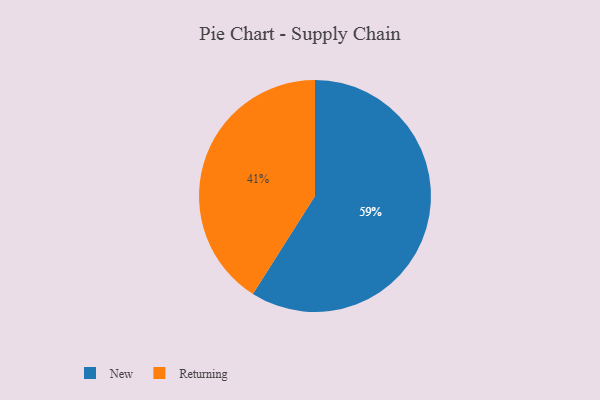
{"axis": {"x": "Category", "y": "Percentage"}, "legend": ["New", "Returning"], "data": [{"x": "Returning", "y": 41, "type": "Returning"}, {"x": "New", "y": 59, "type": "New"}]}